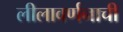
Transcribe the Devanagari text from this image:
लीलावर्णनाची